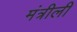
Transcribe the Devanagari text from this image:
मंत्रीली